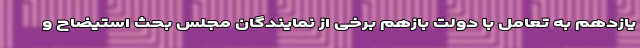
یازدهم به تعامل با دولت بازهم برخی از نمایندگان مجلس بحث استیضاح و